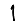
Digit: 1